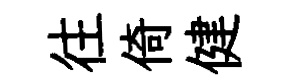
往倚健